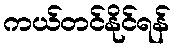
ကယ်တင်နိုင်ရန်